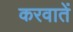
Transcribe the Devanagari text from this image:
करवातें